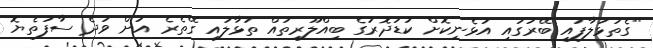
"ގެތަޅުލާފައި ބޭރުގައި އުޅެނިކޮށް ކުޑަދޮރުގެ ބިއްލޫރިތައް ތަޅާލައި ގޭތެރެ އަށް ވަދެ ސާފުތެޔޮ